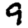
Digit: 9